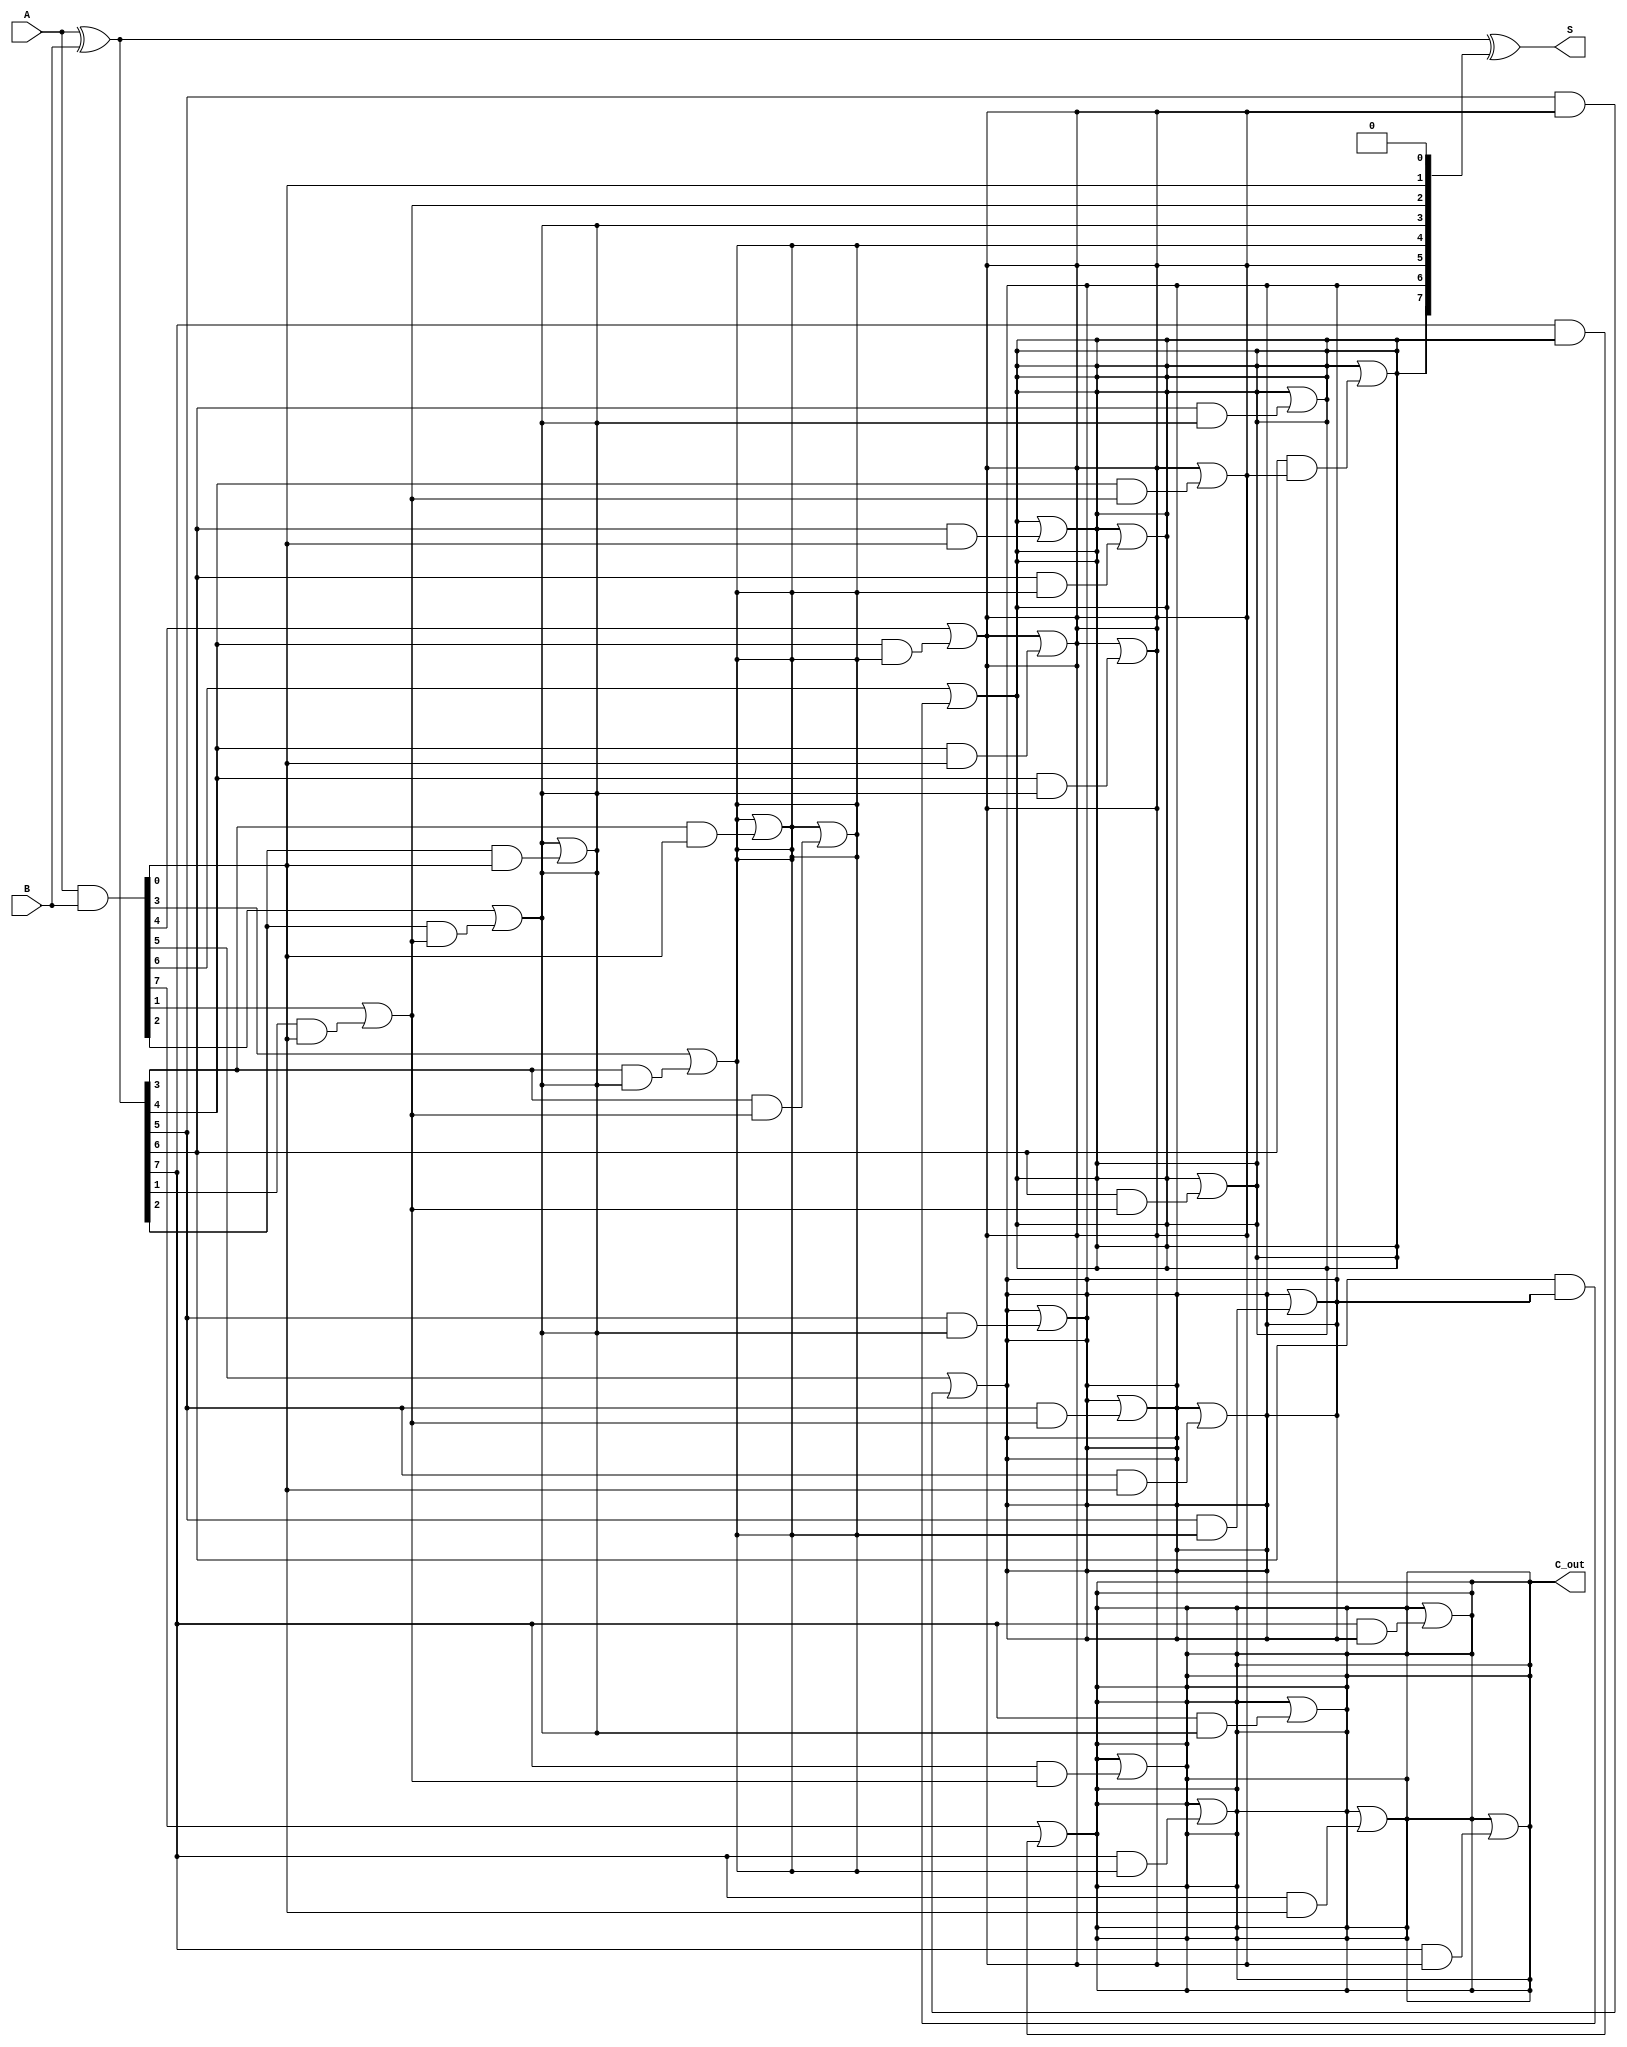
module ParallelPrefixAdder #(parameter n = 8) (
    input  [n-1:0] A,
    input  [n-1:0] B,
    output [n-1:0] S,
    output         C_out
);

    // Generate and Propagate signals
    wire [n-1:0] G; // Generate
    wire [n-1:0] P; // Propagate
    wire [n:0] C;   // Carry

    // Generate and Propagate calculations
    assign G = A & B;          // G[i] = A[i] & B[i]
    assign P = A ^ B;          // P[i] = A[i] ^ B[i]

    // Carry calculations using Kogge-Stone prefix network
    assign C[0] = 1'b0; // Initial carry-in is 0

    genvar i, j;
    generate
        // Level 1
        for (i = 0; i < n; i = i + 1) begin
            assign C[i+1] = G[i] | (P[i] & C[i]);
        end

        // Level 2 and beyond
        for (j = 1; j < n; j = j + 1) begin
            for (i = 0; i < n - j; i = i + 1) begin
                assign C[i + j + 1] = C[i + j + 1] | (P[i + j] & C[i]);
            end
        end
    endgenerate

    // Final Sum calculation
    assign S = P ^ C[n-1:0]; // S[i] = P[i] ^ C[i]

    // Final carry-out
    assign C_out = C[n];

endmodule